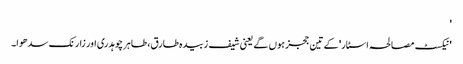
'
'نیکسٹ مصالحہ اسٹار' کے تین ججز ہوں گے یعنی شیف زبیدہ طارق، طاہر چوہدری اور زارنک سدھوا۔